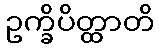
ဥက္ခိပိတ္ထာတိ